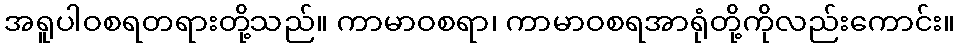
အရူပါဝစရတရားတို့သည်။ ကာမာဝစရာ၊ ကာမာဝစရအာရုံတို့ကိုလည်းကောင်း။